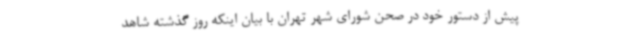
پیش از دستور خود در صحن شورای شهر تهران با بیان اینکه روز گذشته شاهد